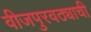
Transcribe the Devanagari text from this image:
वीजपुरवठ्याची